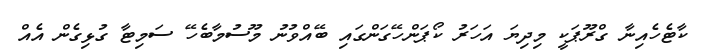
ކާޓެހެއިނާ ގްރޫޕަކީ މިދިޔަ އަހަރު ކޯޕަންހޭގަންގައި ބޭއްވުނު މޫސުމާބެހޭ ސަމިޓާ ގުޅިގެން އެއް